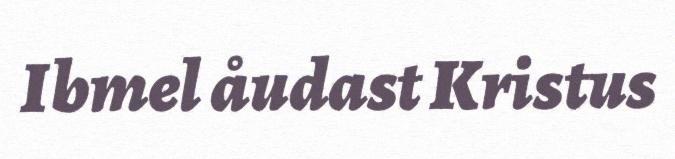
Ibmel åudast Kristus